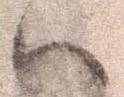
ハ